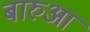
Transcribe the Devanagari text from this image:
बारुआ